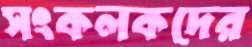
সংকলকদের